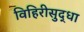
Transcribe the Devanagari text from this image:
विहिरीसुद्धा